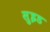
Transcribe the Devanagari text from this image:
सुइड